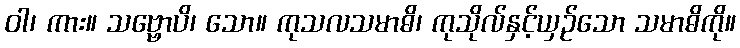
ဝါ၊ ကား။ သဗ္ဗောပိ၊ သော။ ကုသလသမာဓိ၊ ကုသိုလ်နှင့်ယှဉ်သော သမာဓိကို။